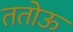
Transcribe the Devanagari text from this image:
ततोऊ